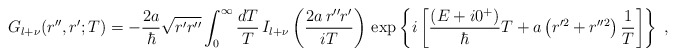
\begin{align*}G_{l+\nu}(r'',r';T)=-\frac{2a}{\hbar}\sqrt{r' r''}\int_{0}^{\infty}\frac{dT}{T}\,I_{l+\nu} \left( \frac{2 a \, r'' r'}{iT} \right)\,\exp \left\{ i\left[\frac{(E+ i 0^{+} )}{\hbar} T+a \left( r'^{2}+r''^{2} \right)\frac{1}{T}\right]\right\}\; ,\end{align*}